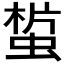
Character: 𧎀